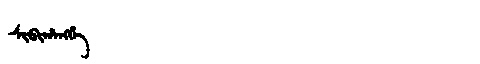
Manchu: ᠰᡳᠪᡳᡥᠠᠩᡤᡝ
Romanization: SIBIHANGGE